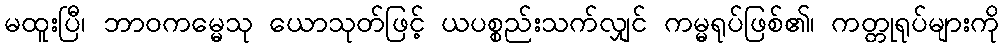
မထူးပြီ၊ ဘာဝကမ္မေသု ယောသုတ်ဖြင့် ယပစ္စည်းသက်လျှင် ကမ္မရုပ်ဖြစ်၏၊ ကတ္တုရုပ်များကို